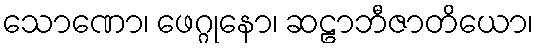
သောဏော၊ ဖေဂ္ဂုနော၊ ဆဠာဘီဇာတိယော၊